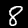
Label: 8